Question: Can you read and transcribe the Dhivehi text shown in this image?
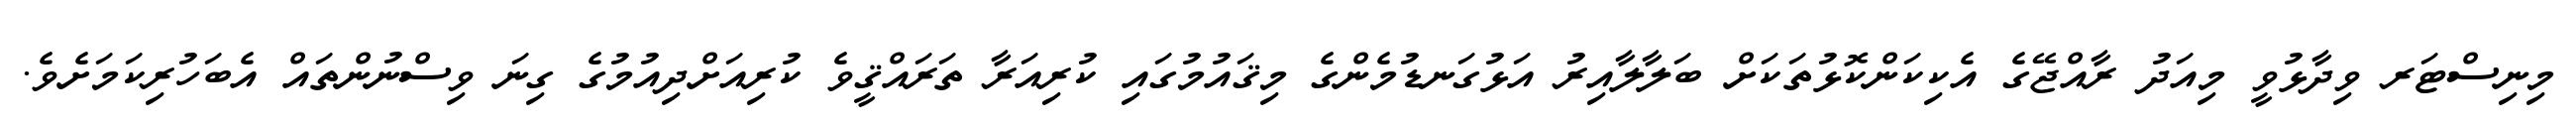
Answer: މިނިސްޓަރ ވިދާޅުވީ މިއަދު ރާއްޖޭގެ އެކިކަންކޮޅުތަކަށް ބަލާލާއިރު އަޅުގަނޑުމެންގެ މިޤައުމުގައި ކުރިއަރާ ތަރައްޤީވެ ކުރިއަށްދިއުމުގެ ގިނަ ވިސްނުންތައް އެބަހުރިކަމަށެވެ.